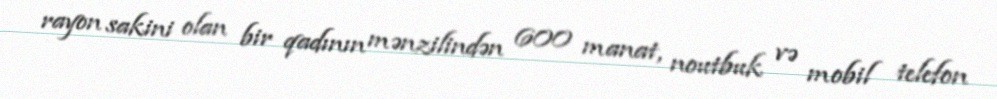
rayon sakini olan bir qadının mənzilindən 600 manat, noutbuk və mobil telefon